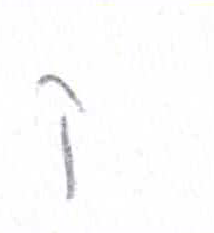
אות: ק